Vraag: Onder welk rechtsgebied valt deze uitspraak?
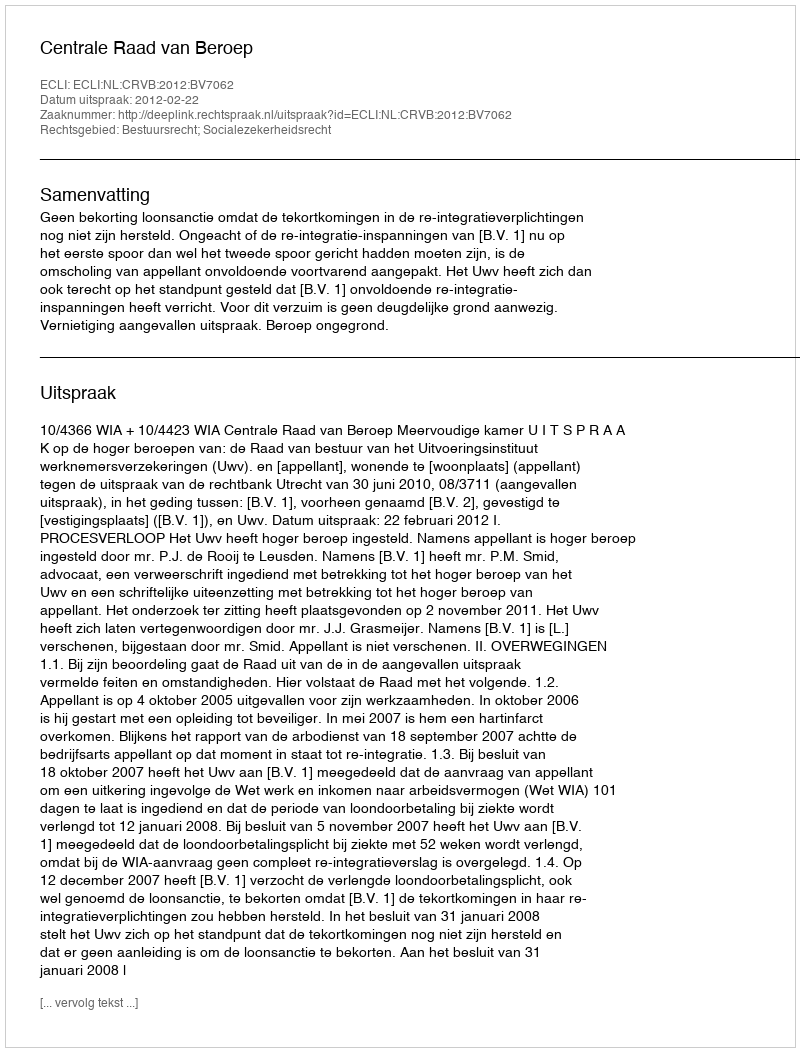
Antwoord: Bestuursrecht; Socialezekerheidsrecht